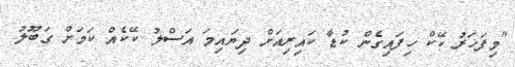
"މިފަހަރު ކޭކް ހިފައިގެން ކުޑާ ކައިރިއަށް ދިޔައިމަ އަސްލު ކޭކެއް ކަމަށް ގަބޫލު